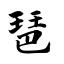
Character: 琶